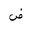
Letter: _dad